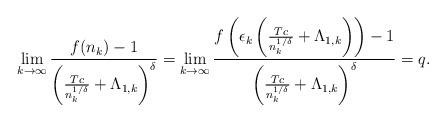
LaTeX: \begin{align*}\lim_{k\rightarrow\infty}\frac{f(n_k)-1}{\left(\frac{Tc}{n_k^{1/\delta}}+\Lambda_{1,k}\right)^{\delta}}=\lim_{k\rightarrow\infty}\frac{f\left(\epsilon_k\left(\frac{Tc}{n_k^{1/\delta}}+\Lambda_{1,k}\right)\right)-1}{\left(\frac{Tc}{n_k^{1/\delta}}+\Lambda_{1,k}\right)^{\delta}}=q.\end{align*}